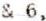
4 & 6,